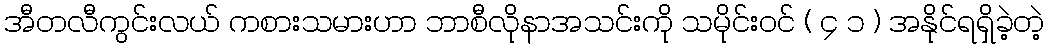
အီတလီကွင်းလယ် ကစားသမားဟာ ဘာစီလိုနာအသင်းကို သမိုင်းဝင် ( ၄ ၁ ) အနိုင်ရရှိခဲ့တဲ့